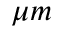
\mu m